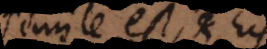
simile est, et his